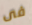
فى